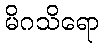
မိဂသိရော